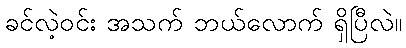
ခင်လဲ့ဝင်း အသက် ဘယ်လောက် ရှိပြီလဲ။